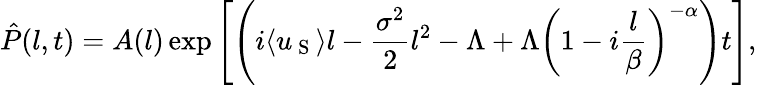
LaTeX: \hat{P}(l,t)=A(l)\exp{\left[\left(i\langle u_{\mathrm{~S~}}\rangle l-\frac{\sigma^{2}}{2}l^{2}-\Lambda+\Lambda\left(1-i\frac{l}{\beta}\right)^{-\alpha}\right)t\right]},